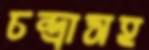
চন্দ্রাসহ